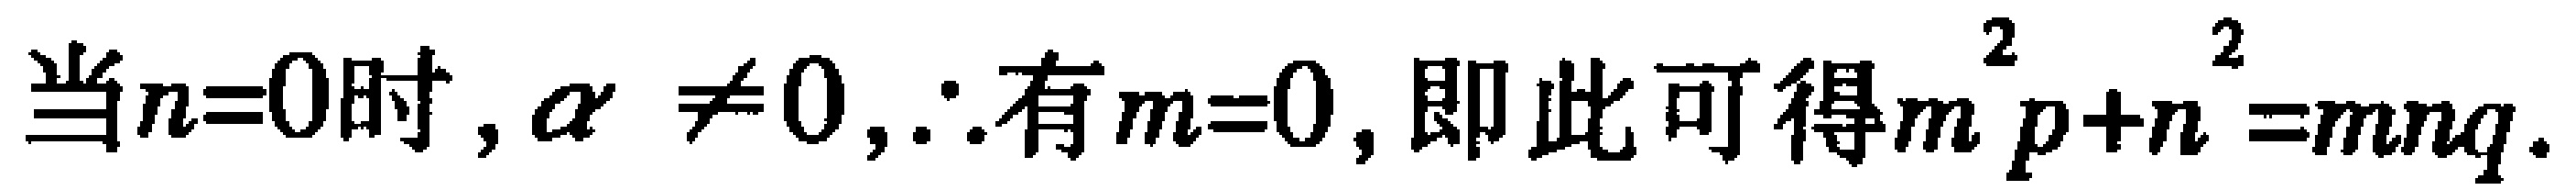
当\(n = 0\)时, \(\alpha\neq0\), \(\therefore\)有\(m = 0\), 即此可得\(m^{2}p + n^{2}=mnq\).